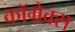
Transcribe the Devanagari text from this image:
कॉम्रेक्स